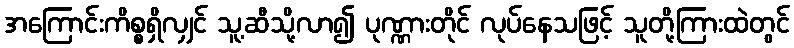
အကြောင်းကိစ္စရှိလျှင် သူ့ဆီသို့လာ၍ ပုဏ္ဏားတိုင် လုပ်နေသဖြင့် သူတို့ကြားထဲတွင်